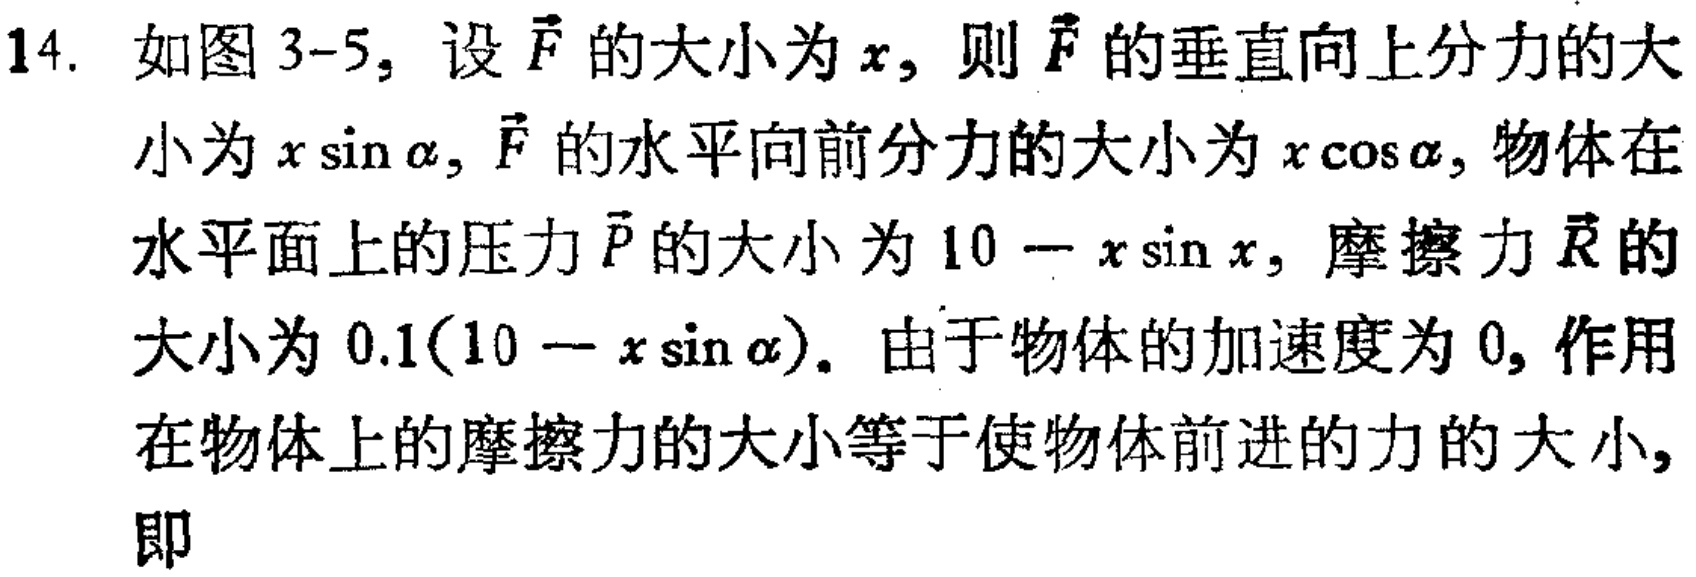
14. 如图3-5，设$\vec{F}$的大小为$x$，则$\vec{F}$的垂直向上分力的大小为$x\sin\alpha$，$\vec{F}$的水平向前分力的大小为$x\cos\alpha$，物体在水平面上的压力$\vec{P}$的大小为$10 - x\sin x$，摩擦力$\vec{R}$的大小为$0.1(10 - x\sin\alpha)$。由于物体的加速度为$0$，作用在物体上的摩擦力的大小等于使物体前进的力的大小，即